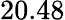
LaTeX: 20.48